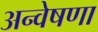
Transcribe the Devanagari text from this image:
अन्वेषणा